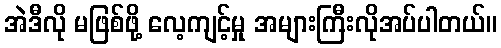
အဲဒီလို မဖြစ်ဖို့ လေ့ကျင့်မှု အများကြီးလိုအပ်ပါတယ်။